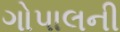
ગોપાલની